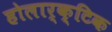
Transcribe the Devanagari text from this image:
होलार्क्टिक